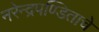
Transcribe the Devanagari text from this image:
नरेन्द्रपण्डिताचे